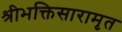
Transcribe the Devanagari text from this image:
श्रीभक्तिसारामृत